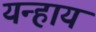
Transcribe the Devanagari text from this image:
यन्हाय